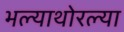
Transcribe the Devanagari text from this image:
भल्याथोरल्या